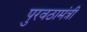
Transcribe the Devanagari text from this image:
पुरवठामंत्री